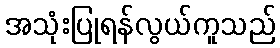
အသုံးပြုရန်လွယ်ကူသည်